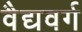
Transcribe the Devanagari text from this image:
वैद्यवर्ग